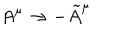
A ^ { \mu } \rightarrow - \tilde { A } ^ { \mu }